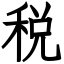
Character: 税